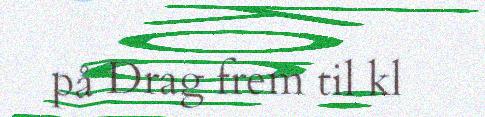
på Drag frem til kl